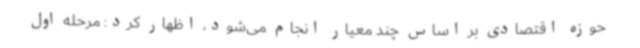
حوزه اقتصادی بر اساس چند معیار انجام می‌شود، اظهار کرد: مرحله اول